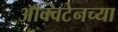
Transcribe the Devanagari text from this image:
ॲक्विटेनच्या